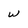
Character: w